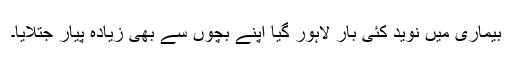
بیماری میں نوید کئی بار لاہور گیا اپنے بچوں سے بھی زیادہ پیار جتلایا۔